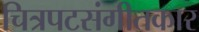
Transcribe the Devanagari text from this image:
चित्रपटसंगीतकार